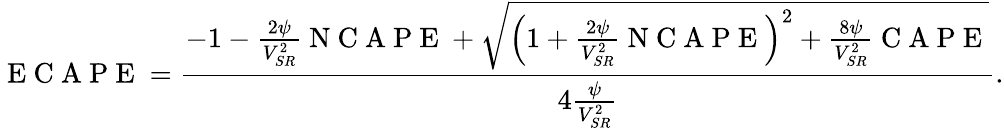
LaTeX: \mathrm{~E~C~A~P~E~}=\frac{-1-\frac{2\psi}{V_{SR}^{2}}\mathrm{~N~C~A~P~E~}+\sqrt{\left(1+\frac{2\psi}{V_{SR}^{2}}\mathrm{~N~C~A~P~E~}\right)^{2}+\frac{8\psi}{V_{SR}^{2}}\mathrm{~C~A~P~E~}}}{4\frac{\psi}{V_{SR}^{2}}}.